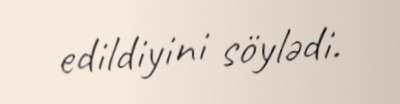
edildiyini söylədi.